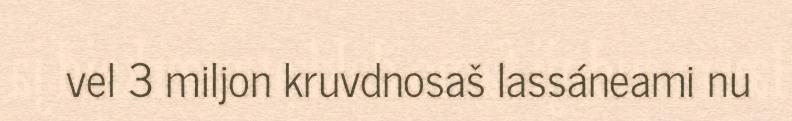
vel 3 miljon kruvdnosaš lassáneami nu